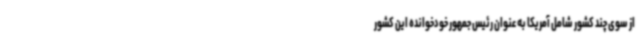
از سوی چند کشور شامل آمریکا به عنوان رئیس جمهور خودخوانده این کشور